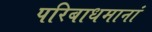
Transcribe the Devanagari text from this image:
परिबाधमानां